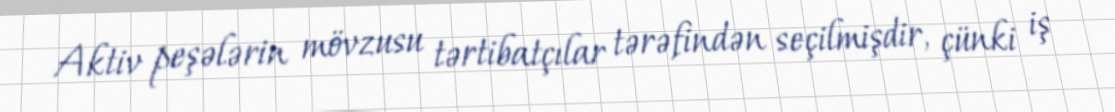
Aktiv peşələrin mövzusu tərtibatçılar tərəfindən seçilmişdir, çünki iş